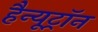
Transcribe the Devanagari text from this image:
हैन्यूट्रॉन